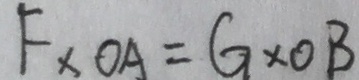
F \times O A = G \times O B